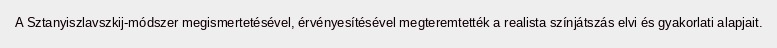
A Sztanyiszlavszkij-módszer megismertetésével, érvényesítésével megteremtették a realista színjátszás elvi és gyakorlati alapjait.